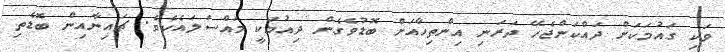
ވަކި ގައުމަކަށް ދައްކަންޖެހޭ ދަރަނި އިންތިހާއަށް ބޮޑުވެގެން ދިއުމަކީ މައްސަލައެކެވެ. ޗައިނާއިން ބޮޑެތި